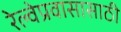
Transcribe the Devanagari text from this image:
रेल्वेप्रवासासाठी